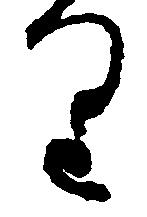
り